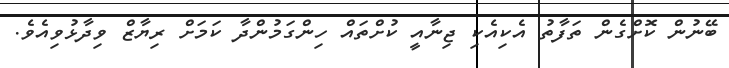
ބޭނުން ކޮށްގެން ތަފާތު އެކިއެކި ޖިނާއީ ކުށްތައް ހިންގަމުންދާ ކަަމަށް ރިޔާޒް ވިދާޅުވިއެވެ.